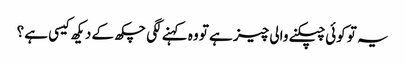
یہ تو کوئی چپکنے والی چیز ہے تو وہ کہنے لگی چکھ کے دیکھ کیسی ہے ؟